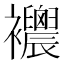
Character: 𧟒